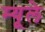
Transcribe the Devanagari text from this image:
म्यूले